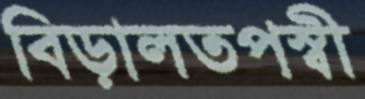
বিড়ালতপস্বী